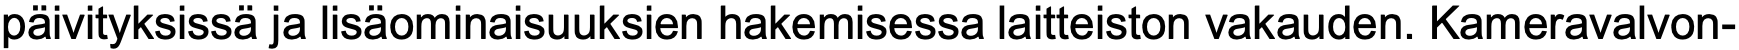
päivityksissä ja lisäominaisuuksien hakemisessa laitteiston vakauden. Kameravalvon-